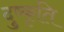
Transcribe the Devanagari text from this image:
दुष्कृति